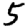
Digit: 5